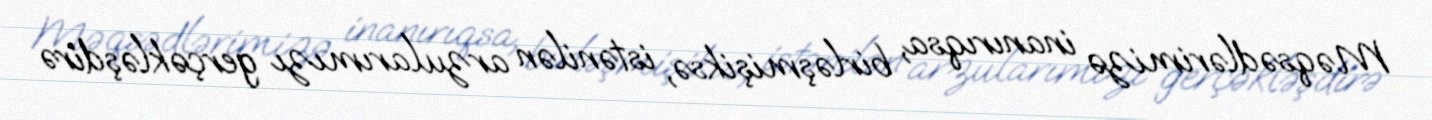
Məqsədlərimizə inanırıqsa, birləşmişiksə, istənilən arzularımızı gerçəkləşdirə